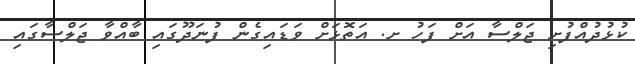
ކުޅުދުއްފުށި ޖަލްސާ އަށް ފަހު ށ. އަތޮޅަށް ވަޑައިގެން ފުނަދޫގައި ބާއްވާ ޖަލްސާގައި